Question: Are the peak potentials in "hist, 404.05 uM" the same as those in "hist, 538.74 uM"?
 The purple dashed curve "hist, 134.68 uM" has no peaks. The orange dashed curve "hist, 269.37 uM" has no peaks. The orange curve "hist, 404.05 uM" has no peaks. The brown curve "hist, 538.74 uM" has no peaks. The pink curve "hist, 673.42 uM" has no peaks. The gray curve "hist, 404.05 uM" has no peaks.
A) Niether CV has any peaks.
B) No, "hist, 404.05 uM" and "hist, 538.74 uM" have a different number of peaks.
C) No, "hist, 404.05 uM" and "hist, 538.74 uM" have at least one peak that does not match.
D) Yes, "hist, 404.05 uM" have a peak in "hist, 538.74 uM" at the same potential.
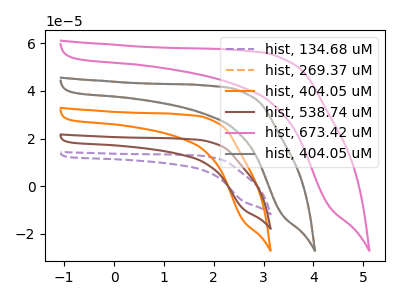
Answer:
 <answer>A) Niether CV has any peaks.</answer>
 <eval>A</eval>